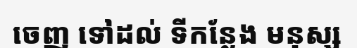
ចេញ ទៅដល់ ទីកន្លែង មនុស្ស